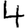
Digit: 4